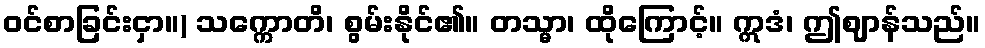
ဝင်စာခြင်းငှာ။) သက္ကောတိ၊ စွမ်းနိုင်၏။ တသ္မာ၊ ထိုကြောင့်။ ဣဒံ၊ ဤဈာန်သည်။